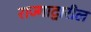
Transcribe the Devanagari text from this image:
राज्गाद्वारील